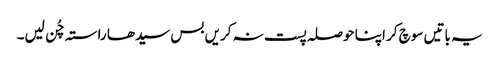
یہ باتیں سوچ کر اپنا حوصلہ پست نہ کریں بس سیدھا راستہ چُن لیں۔